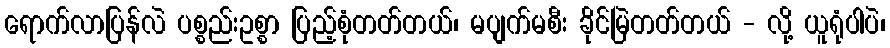
ရောက်လာပြန်လဲ ပစ္စည်းဥစ္စာ ပြည့်စုံတတ်တယ်၊ မပျက်မစီး ခိုင်မြဲတတ်တယ် - လို့ ယူရုံပါပဲ၊